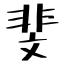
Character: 斐